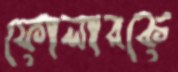
ফোলারকে